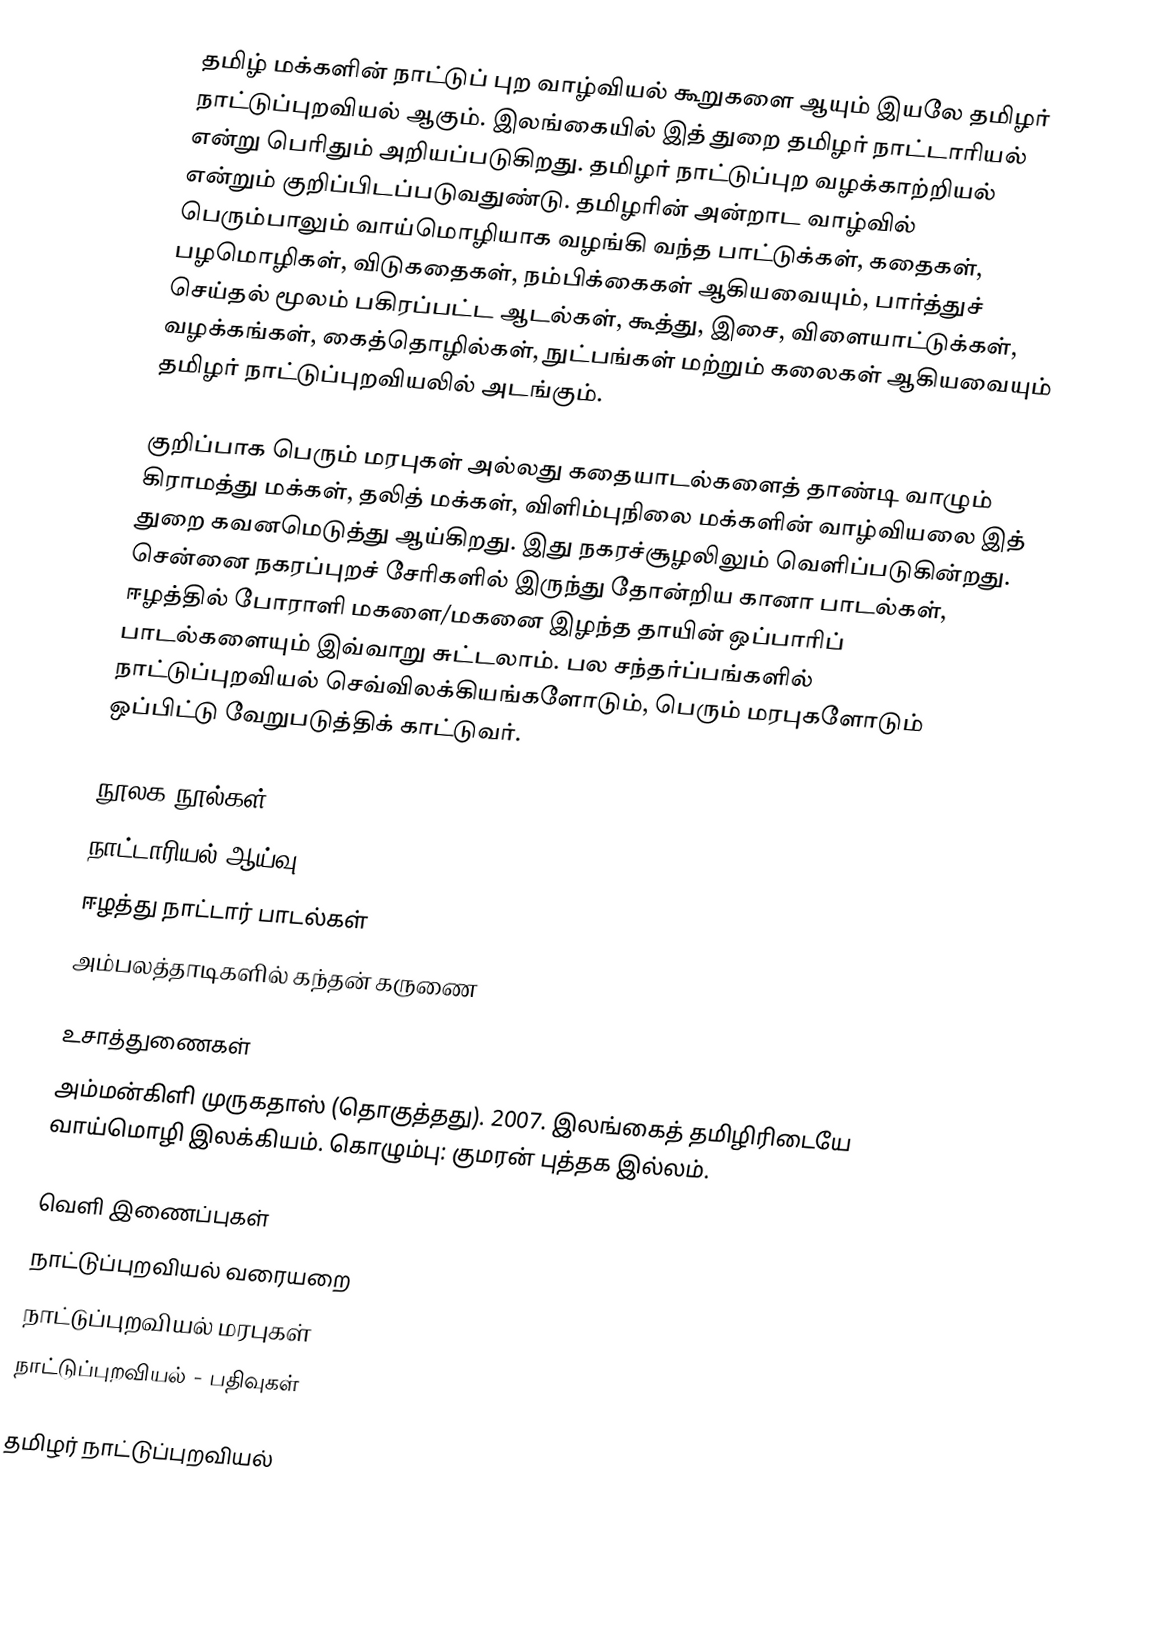
தமிழ் மக்களின் நாட்டுப் புற வாழ்வியல் கூறுகளை ஆயும் இயலே தமிழர் நாட்டுப்புறவியல் ஆகும்.  இலங்கையில் இத் துறை தமிழர் நாட்டாரியல் என்று பெரிதும் அறியப்படுகிறது.  தமிழர் நாட்டுப்புற வழக்காற்றியல் என்றும் குறிப்பிடப்படுவதுண்டு.  தமிழரின் அன்றாட வாழ்வில் பெரும்பாலும் வாய்மொழியாக வழங்கி வந்த பாட்டுக்கள், கதைகள், பழமொழிகள், விடுகதைகள், நம்பிக்கைகள் ஆகியவையும், பார்த்துச் செய்தல் மூலம் பகிரப்பட்ட ஆடல்கள், கூத்து, இசை, விளையாட்டுக்கள், வழக்கங்கள், கைத்தொழில்கள், நுட்பங்கள் மற்றும் கலைகள் ஆகியவையும் தமிழர் நாட்டுப்புறவியலில் அடங்கும்.

குறிப்பாக பெரும் மரபுகள் அல்லது கதையாடல்களைத் தாண்டி வாழும் கிராமத்து மக்கள், தலித் மக்கள், விளிம்புநிலை மக்களின் வாழ்வியலை இத் துறை கவனமெடுத்து ஆய்கிறது.  இது நகரச்சூழலிலும் வெளிப்படுகின்றது. சென்னை நகரப்புறச் சேரிகளில் இருந்து தோன்றிய கானா பாடல்கள், ஈழத்தில் போராளி மகளை/மகனை இழந்த தாயின் ஒப்பாரிப் பாடல்களையும் இவ்வாறு சுட்டலாம். பல சந்தர்ப்பங்களில் நாட்டுப்புறவியல் செவ்விலக்கியங்களோடும், பெரும் மரபுகளோடும் ஒப்பிட்டு வேறுபடுத்திக் காட்டுவர்.

நூலக நூல்கள்
 நாட்டாரியல் ஆய்வு
 ஈழத்து நாட்டார் பாடல்கள்
 அம்பலத்தாடிகளில் கந்தன் கருணை

உசாத்துணைகள்
 அம்மன்கிளி முருகதாஸ் (தொகுத்தது). 2007. இலங்கைத் தமிழிரிடையே வாய்மொழி இலக்கியம். கொழும்பு: குமரன் புத்தக இல்லம்.

வெளி இணைப்புகள்
 நாட்டுப்புறவியல் வரையறை
 நாட்டுப்புறவியல் மரபுகள்
 நாட்டுப்புறவியல் - பதிவுகள்

தமிழர் நாட்டுப்புறவியல்